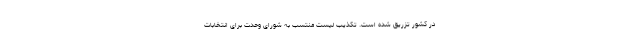
در کشور تزریق شده است. تکذیب لیست منتسب به شورای وحدت برای انتخابات